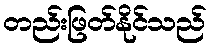
တည်းဖြတ်နိုင်သည်